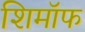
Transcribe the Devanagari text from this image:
शिमॉफ